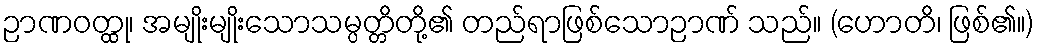
ဉာဏဝတ္ထု၊ အမျိုးမျိုးသောသမ္ပတ္တိတို့၏ တည်ရာဖြစ်သောဉာဏ် သည်။ (ဟောတိ၊ ဖြစ်၏။)